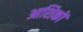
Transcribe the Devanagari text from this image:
आशिकों